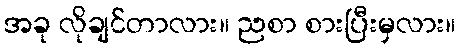
အခု လိုချင်တာလား။ ညစာ စားပြီးမှလား။